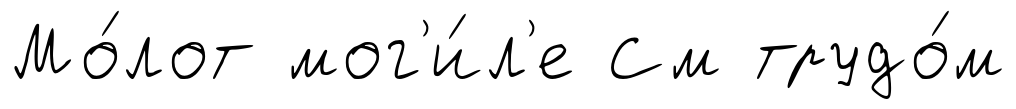
Мо́лот мог'и́л'е См трудо́м